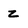
Character: Z